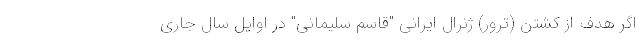
اگر هدف از کشتن (ترور) ژنرال ایرانی "قاسم سلیمانی" در اوایل سال جاری